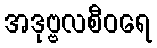
အဒုဗ္ဗလစီဝရေ